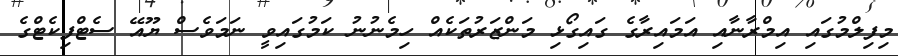
މިފިލްމުގައި އިމްރާނާއި އަމައިރާގެ ގައިގޯޅި މަންޒަރުތަކެއް ހިމެނުނު ކަމުގައިވީ ނަމަވެސް ޔޫއޭ ސެޓްފިކެޓްގެ